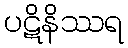
ပဋိနိဿရ